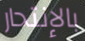
بالإنتحار